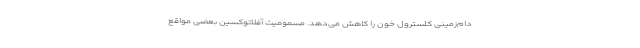
دام‌زمینی کلسترول خون را کاهش می‌دهد. مسمومیت آفلاتوکسین بعضی مواقع